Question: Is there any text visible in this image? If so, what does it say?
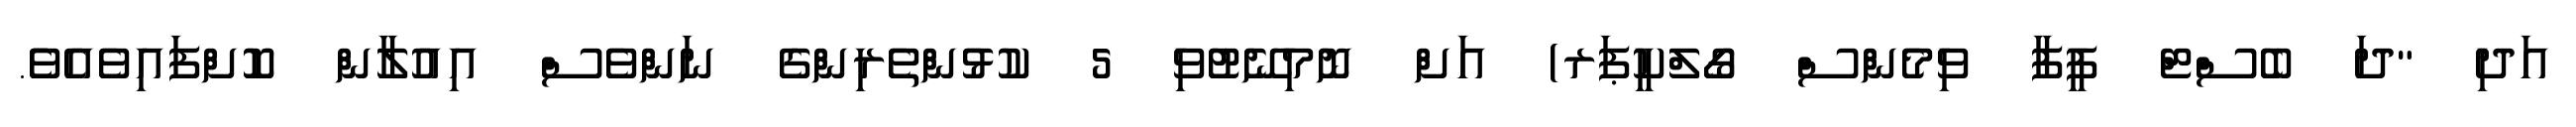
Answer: އަދި "ދަ ބެސްޓް ފީފާ ވިމެންސް ގޯލްކީޕަރ) އަށް ނޮމިނޭޓުވި 5 ކުޅުންތެރިންގެ ނަންވެސް އިއުލާން ކޮށްފައިވެއެވެެ.